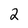
Character: 2